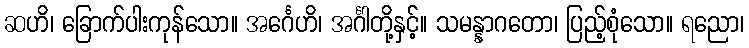
ဆဟိ၊ ခြောက်ပါးကုန်သော။ အင်္ဂေဟိ၊ အင်္ဂါတို့နှင့်။ သမန္နာဂတော၊ ပြည့်စုံသော။ ရညော၊